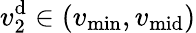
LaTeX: v_{2}^{\mathrm{d}}\in(v_{\operatorname*{min}},v_{\mathrm{mid}})